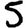
Digit: 5